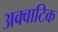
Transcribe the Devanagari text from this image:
अक्वाटिक